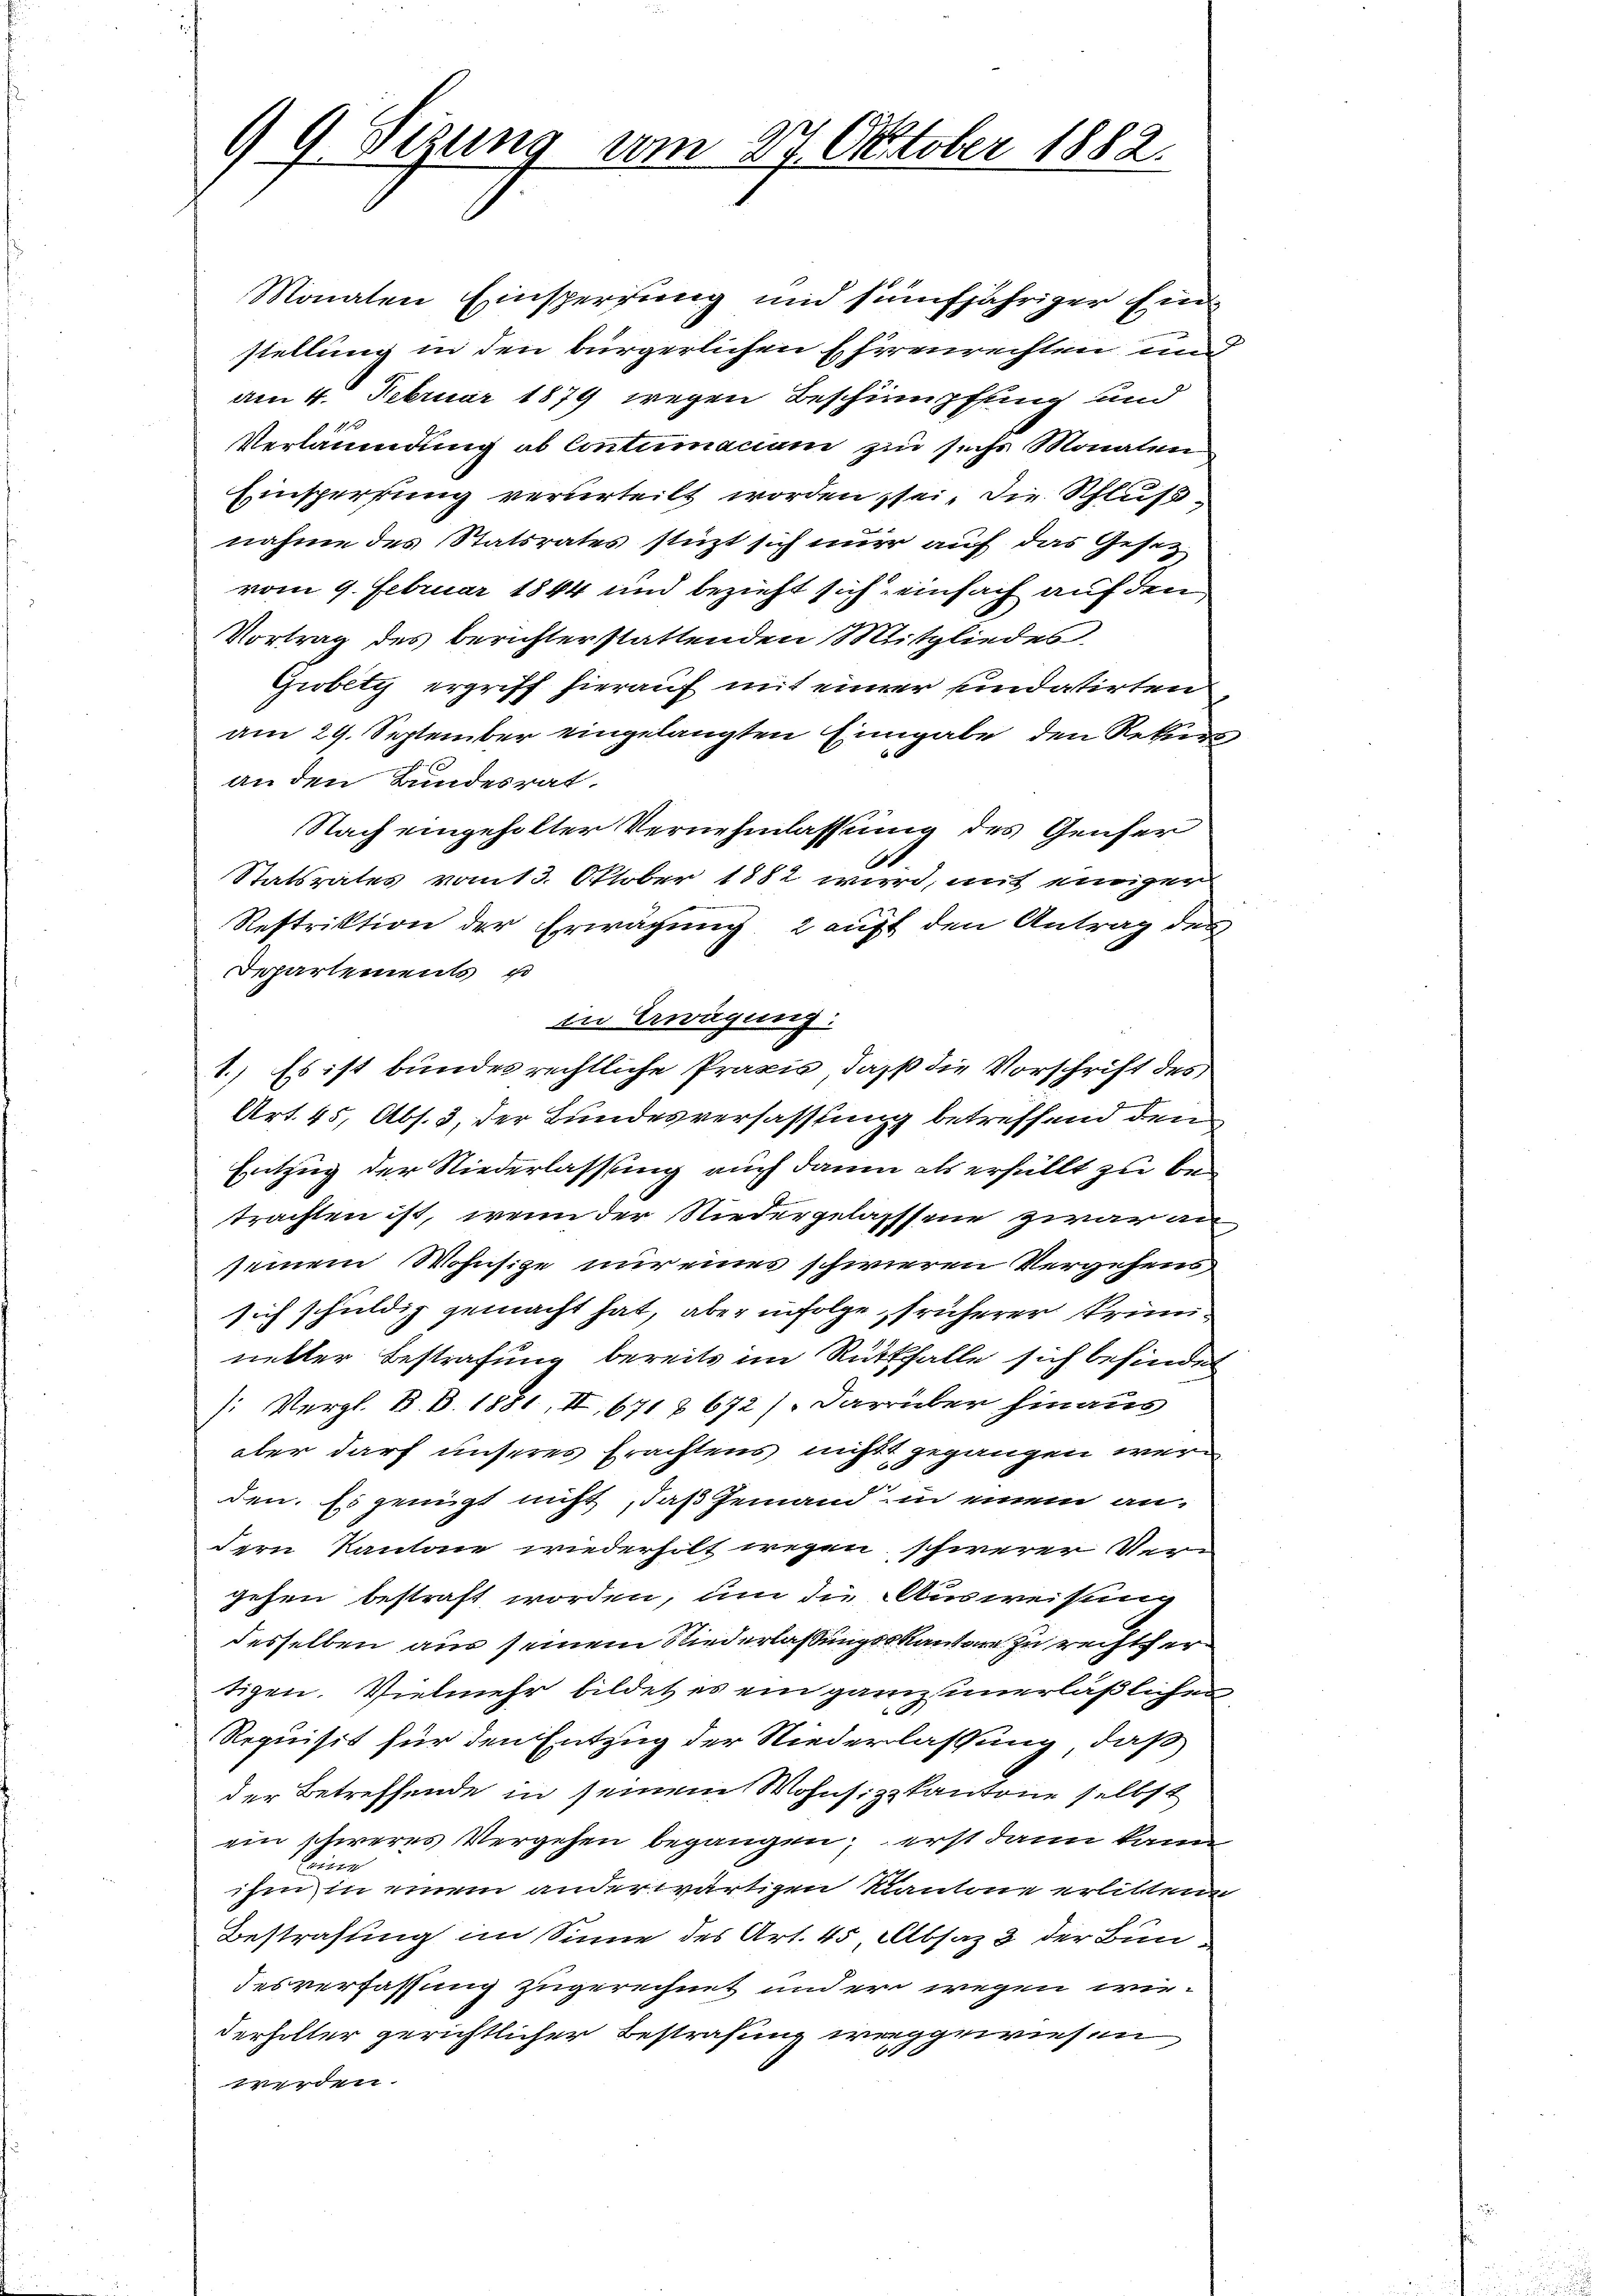
9 Sizung vom 27. Oktober 1882.

Monaten Einsperrung und fünfjähriger Einstellung in den bürgerlichen Ehrenrechten und
am 4. Februar 1879 wegen Beschimpfung und
Verläumung ob Contumaciam zu sechs Monaten
Einsperrung verurteilt worden sei, die Schlußnahme des Statsrates stüzt sich nur auf das Gesetzvom 9. Februar 1844 und bezieht sich einfach auf den
Vortrag des berichterstattenden Mitgliedes
Gibiti ergriff hierauf mit einer undatirten
am 29. September eingelangten Eingabe den Rekurs
an den Bundesrat.
Nach eingeholter Vernehmlassung des Genfer
Statsrates vom 13. Oktober 1882 wird, mit einigen
Restriktion der Erwägung 2 auft den Antrag des
Departements u
in Erwägung:
1.) Es ist bundes rechtliche Praxis, daß die Vorschrift des
Art. 45, Abs. 3, der Bundesverfassung betreffend den
Entzug der Niederlassung auch dann als erfüllt zu betrachten ist, wenn der Niedergelasssene zwar an
seinem Wohnsitze nur eines schwieren Vergehens
sich schuldig gemacht hat, aber infolge, früherer Prünnetter Bestrafung bereits im Rückfalle sich befindet
: Vergl. R. B. 1881, II 671 § 672 /. darüber hinaus
aber darf unseres Erachtens nichtt gegangen werden. Es genügt nicht, daß Jemand in einem an-
dern Kantone wiederholt wegen schwerer Vergehen bestraft worden, um die Ausweisung
desselben aus seinem Niederlaßungs-Kanton zu rechtfer
tigen. Vielmehr bildet es ein ganz unerläßlichen
Requisit für den Entzug der Niederlassung, daß
der Betreffende in seinem Wohnsizzkantone selbst
ein schweres Vergehen begangen, erst dann kann
leine
ihm in einem anderwärtigen Kantone erlittener
Bestrafung im Sinne des Art. 45 Absaz 2 der Bundesverfassung zugerechnet und er wegen wiederholter gerichtlicher Bestrafung weggewiesen
werden.